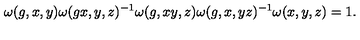
\omega ( g , x , y ) \omega ( g x , y , z ) ^ { - 1 } \omega ( g , x y , z ) \omega ( g , x , y z ) ^ { - 1 } \omega ( x , y , z ) = 1 .